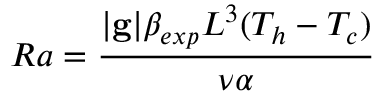
R a = \frac { | \mathbf { g } | \beta _ { e x p } L ^ { 3 } ( T _ { h } - T _ { c } ) } { \nu \alpha }